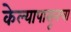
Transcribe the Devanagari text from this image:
केल्यापासूनचा